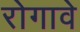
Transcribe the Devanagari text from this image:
रोगावे